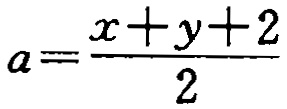
\[a=\frac{x + y + 2}{2}\]